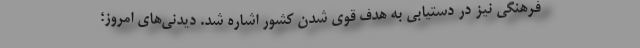
فرهنگی نیز در دستیابی به هدف قوی شدن کشور اشاره شد. دیدنی‌های امروز؛